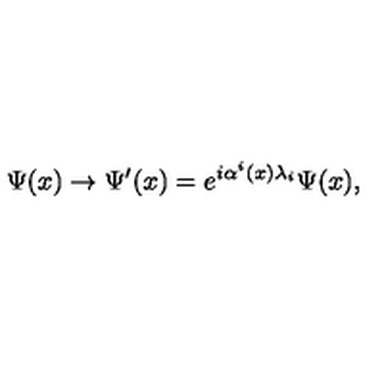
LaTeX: \Psi ( x ) \rightarrow \Psi ^ { \prime } ( x ) = e ^ { i \alpha ^ { i } ( x ) \lambda _ { i } } \Psi ( x ) ,